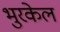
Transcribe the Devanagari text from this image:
भुरकेल